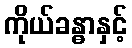
ကိုယ်ခန္ဓာနှင့်